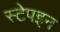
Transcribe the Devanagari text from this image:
स्टेपइन